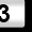
Digit: 3